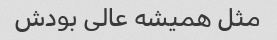
مثل همیشه عالی بودش